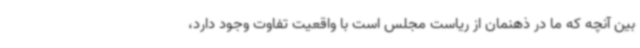
بین آنچه که ما در ذهنمان از ریاست مجلس است با واقعیت تفاوت وجود دارد،